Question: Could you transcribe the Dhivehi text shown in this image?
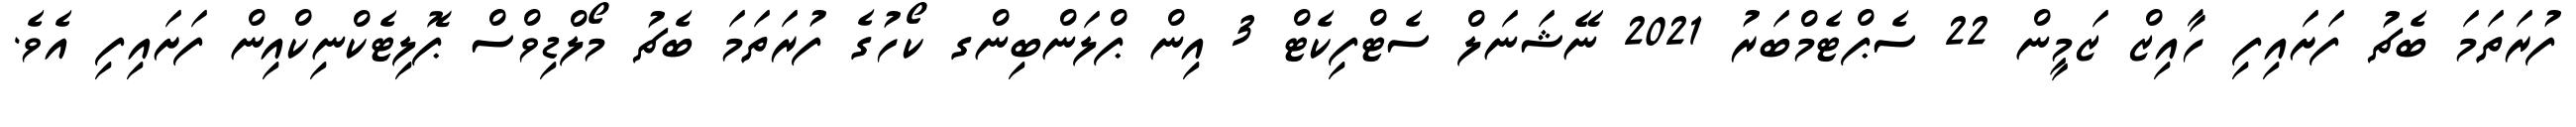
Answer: ފުރަތަމަ ބެޗު ފަށައިފި ހާއިޒް ޒަމީން 22 ސެޕްޓެމްބަރު 2021 ނޭޝަނަލް ސެޓްފިކެޓް 3 އިން ޕްލަންބިންގ ކޯހުގެ ފުރަތަމަ ބެޗު މޯލްޑިވްސް ޕޮލިޓެކްނިކްއިން ފަށައިފި އެވެ.